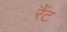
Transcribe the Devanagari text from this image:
रैंट